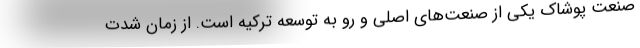
صنعت پوشاک یکی از صنعت‌های اصلی و رو به توسعه ترکیه است. از زمان شدت